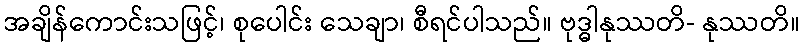
အချိန်ကောင်းသဖြင့်၊ စုပေါင်း သေချာ၊ စီရင်ပါသည်။ ဗုဒ္ဓါနုဿတိ- နုဿတိ။